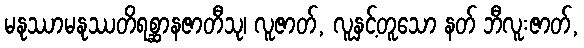
မနုဿာမနုဿတိရစ္ဆာနဇာတီသု၊ လူဇာတ်, လူနှင့်တူသော နတ် ဘီလူးဇာတ်,